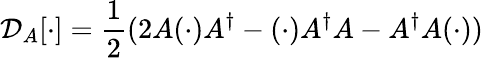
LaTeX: \mathcal{D}_{A}[\cdot]=\frac{1}{2}(2A(\cdot)A^{\dagger}-(\cdot)A^{\dagger}A-A^{\dagger}A(\cdot))